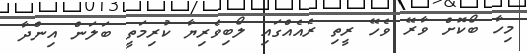
މިހާ ބޯކޮށް ވާރޭ ވެހޭ ރީތި ރެއެއްގައި ލޯބިވެރިޔާ ކުރިމަތީ ބަލަން އިންދާ